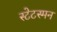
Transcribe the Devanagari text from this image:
स्टेटस्मन